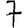
Digit: 7